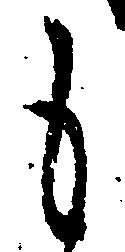
も